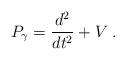
LaTeX: \begin{align*}P_\gamma=\frac{d^2}{dt^2} +V\;.\end{align*}